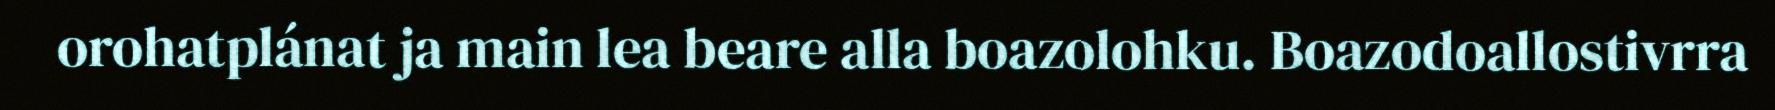
orohatplánat ja main lea beare alla boazolohku. Boazodoallostivrra